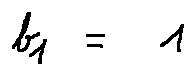
b _ { 1 } = 1